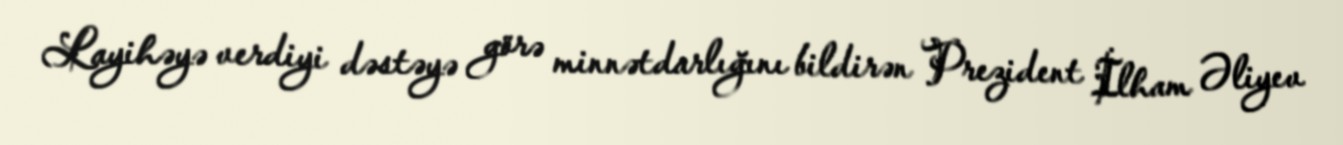
Layihəyə verdiyi dəstəyə görə minnətdarlığını bildirən Prezident İlham Əliyev